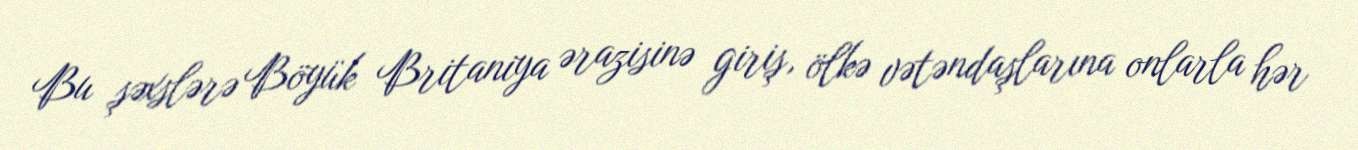
Bu şəxslərə Böyük Britaniya ərazisinə giriş, ölkə vətəndaşlarına onlarla hər